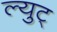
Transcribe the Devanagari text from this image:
ल्युट्